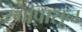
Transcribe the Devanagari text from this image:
रंगांपासून